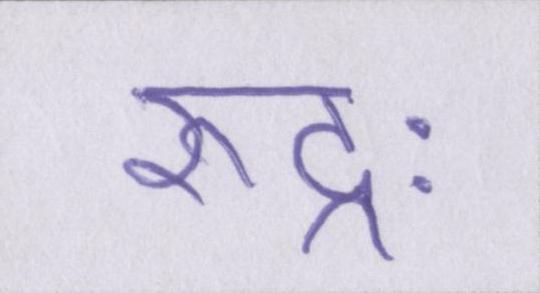
रुद्रः